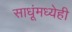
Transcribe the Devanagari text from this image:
साधूंमध्येही